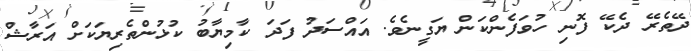
ދޭތެރޭ ދެކޭ ފޮނި ހުވަފެންކަން ޔަގީނެވެ. އައްސަދު ފަދަ ކާމިޔާބު ކުޅުންތެރިޔަކަށް އަރާޝް